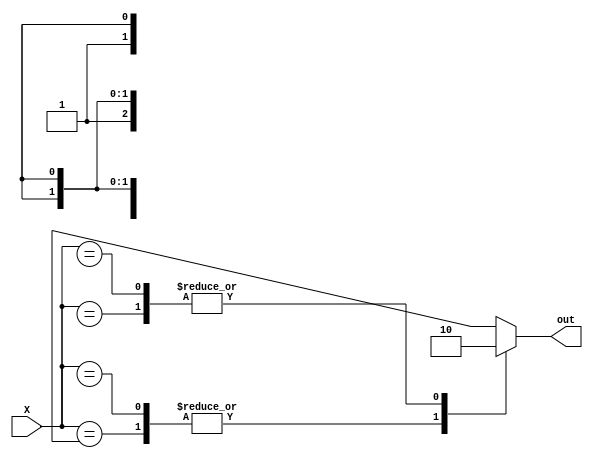
module X_case_statement (
    input wire [3:0] X,
    output reg out
);

always @(*) begin
    case(X)
        4'b000X: out = 1; // when X is 000X
        4'b001X: out = 0; // when X is 001X
        4'b01XX: out = 1; // when X is 01XX
        4'b1XXX: out = 0; // when X is 1XXX
        default: out = 0; // default case
    endcase
end

endmodule